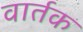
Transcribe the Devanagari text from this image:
वार्तक